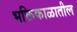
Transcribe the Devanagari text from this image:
भक्तिकाळातील